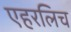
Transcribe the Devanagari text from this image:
एहरलिच